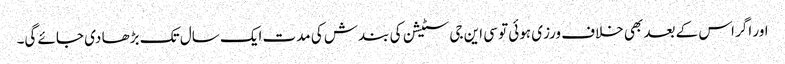
اور اگر اس کے بعد بھی خلاف ورزی ہوئی تو سی این جی سٹیشن کی بندش کی مدت ایک سال تک بڑھا دی جائے گی۔